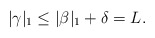
\begin{align*}|\gamma|_1 \le |\beta|_1 + \delta = L .\end{align*}